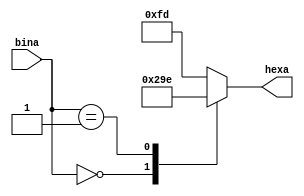
module descodificador_bin2hexII(bina,hexa);

 input [3:0] bina;
 output [7:0] hexa;
 reg [7:0] hexa;

 always @ (bina)

   case (bina)

      1'h0: begin
                  hexa=~8'b11111101;
               end
      1'h1: begin
                  hexa=~8'b01100001;
               end
      1'h2: begin
                  hexa=~8'b11010111;
               end
      1'h3: begin
                  hexa=~8'b11110011;
               end
      1'h4: begin
                  hexa=~8'b01100111;
               end
      1'h5: begin
                  hexa=~8'b10110111;
               end
      1'h6: begin
                  hexa=~8'b10111111;
               end
      1'h7: begin
                  hexa=~8'b11100001;
               end
      1'h8: begin
                  hexa=~8'b11111111;
               end
      1'h9: begin
                  hexa=~8'b11110111;
               end
      1'ha: begin
                  hexa=~8'b11101110;
               end
      1'hb: begin
                  hexa=~8'b00111110;
               end
      1'hc: begin
                  hexa=~8'b10011100;
               end
      1'hd: begin
                  hexa=~8'b01111010;
               end
      1'he: begin
                  hexa=~8'b10011110;
               end
      1'hf: begin
                  hexa=~8'b10001110;
               end
      default: begin
                  hexa=~8'b00000010;
               end 

   endcase



endmodule